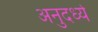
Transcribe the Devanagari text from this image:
अनुदर्ध्य